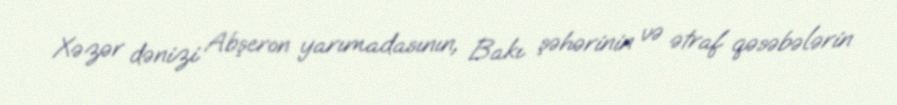
Xəzər dənizi Abşeron yarımadasının, Bakı şəhərinin və ətraf qəsəbələrin